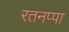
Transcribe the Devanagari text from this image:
रतनप्पा